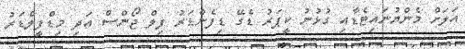
އަލަށް މެންޔުނައިޓެޑާއި ގުޅުނު ކީޕަރު ޑެގޭ ޑިފެންޑަރު ފިލް ޖޯންސް އަދި މިޑްފީލްޑަރު